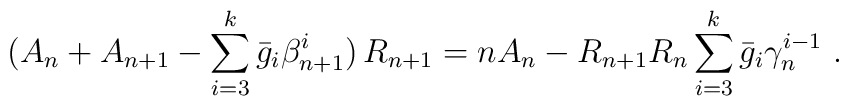
(A_n+A_{n+1}-\sum_{i=3}^k\bar{g}_i \beta^i_{n+1})\,R_{n+1}=nA_n-R_{n+1}R_n\sum_{i=3}^k\bar{g}_i\gamma_n^{i-1} \ .